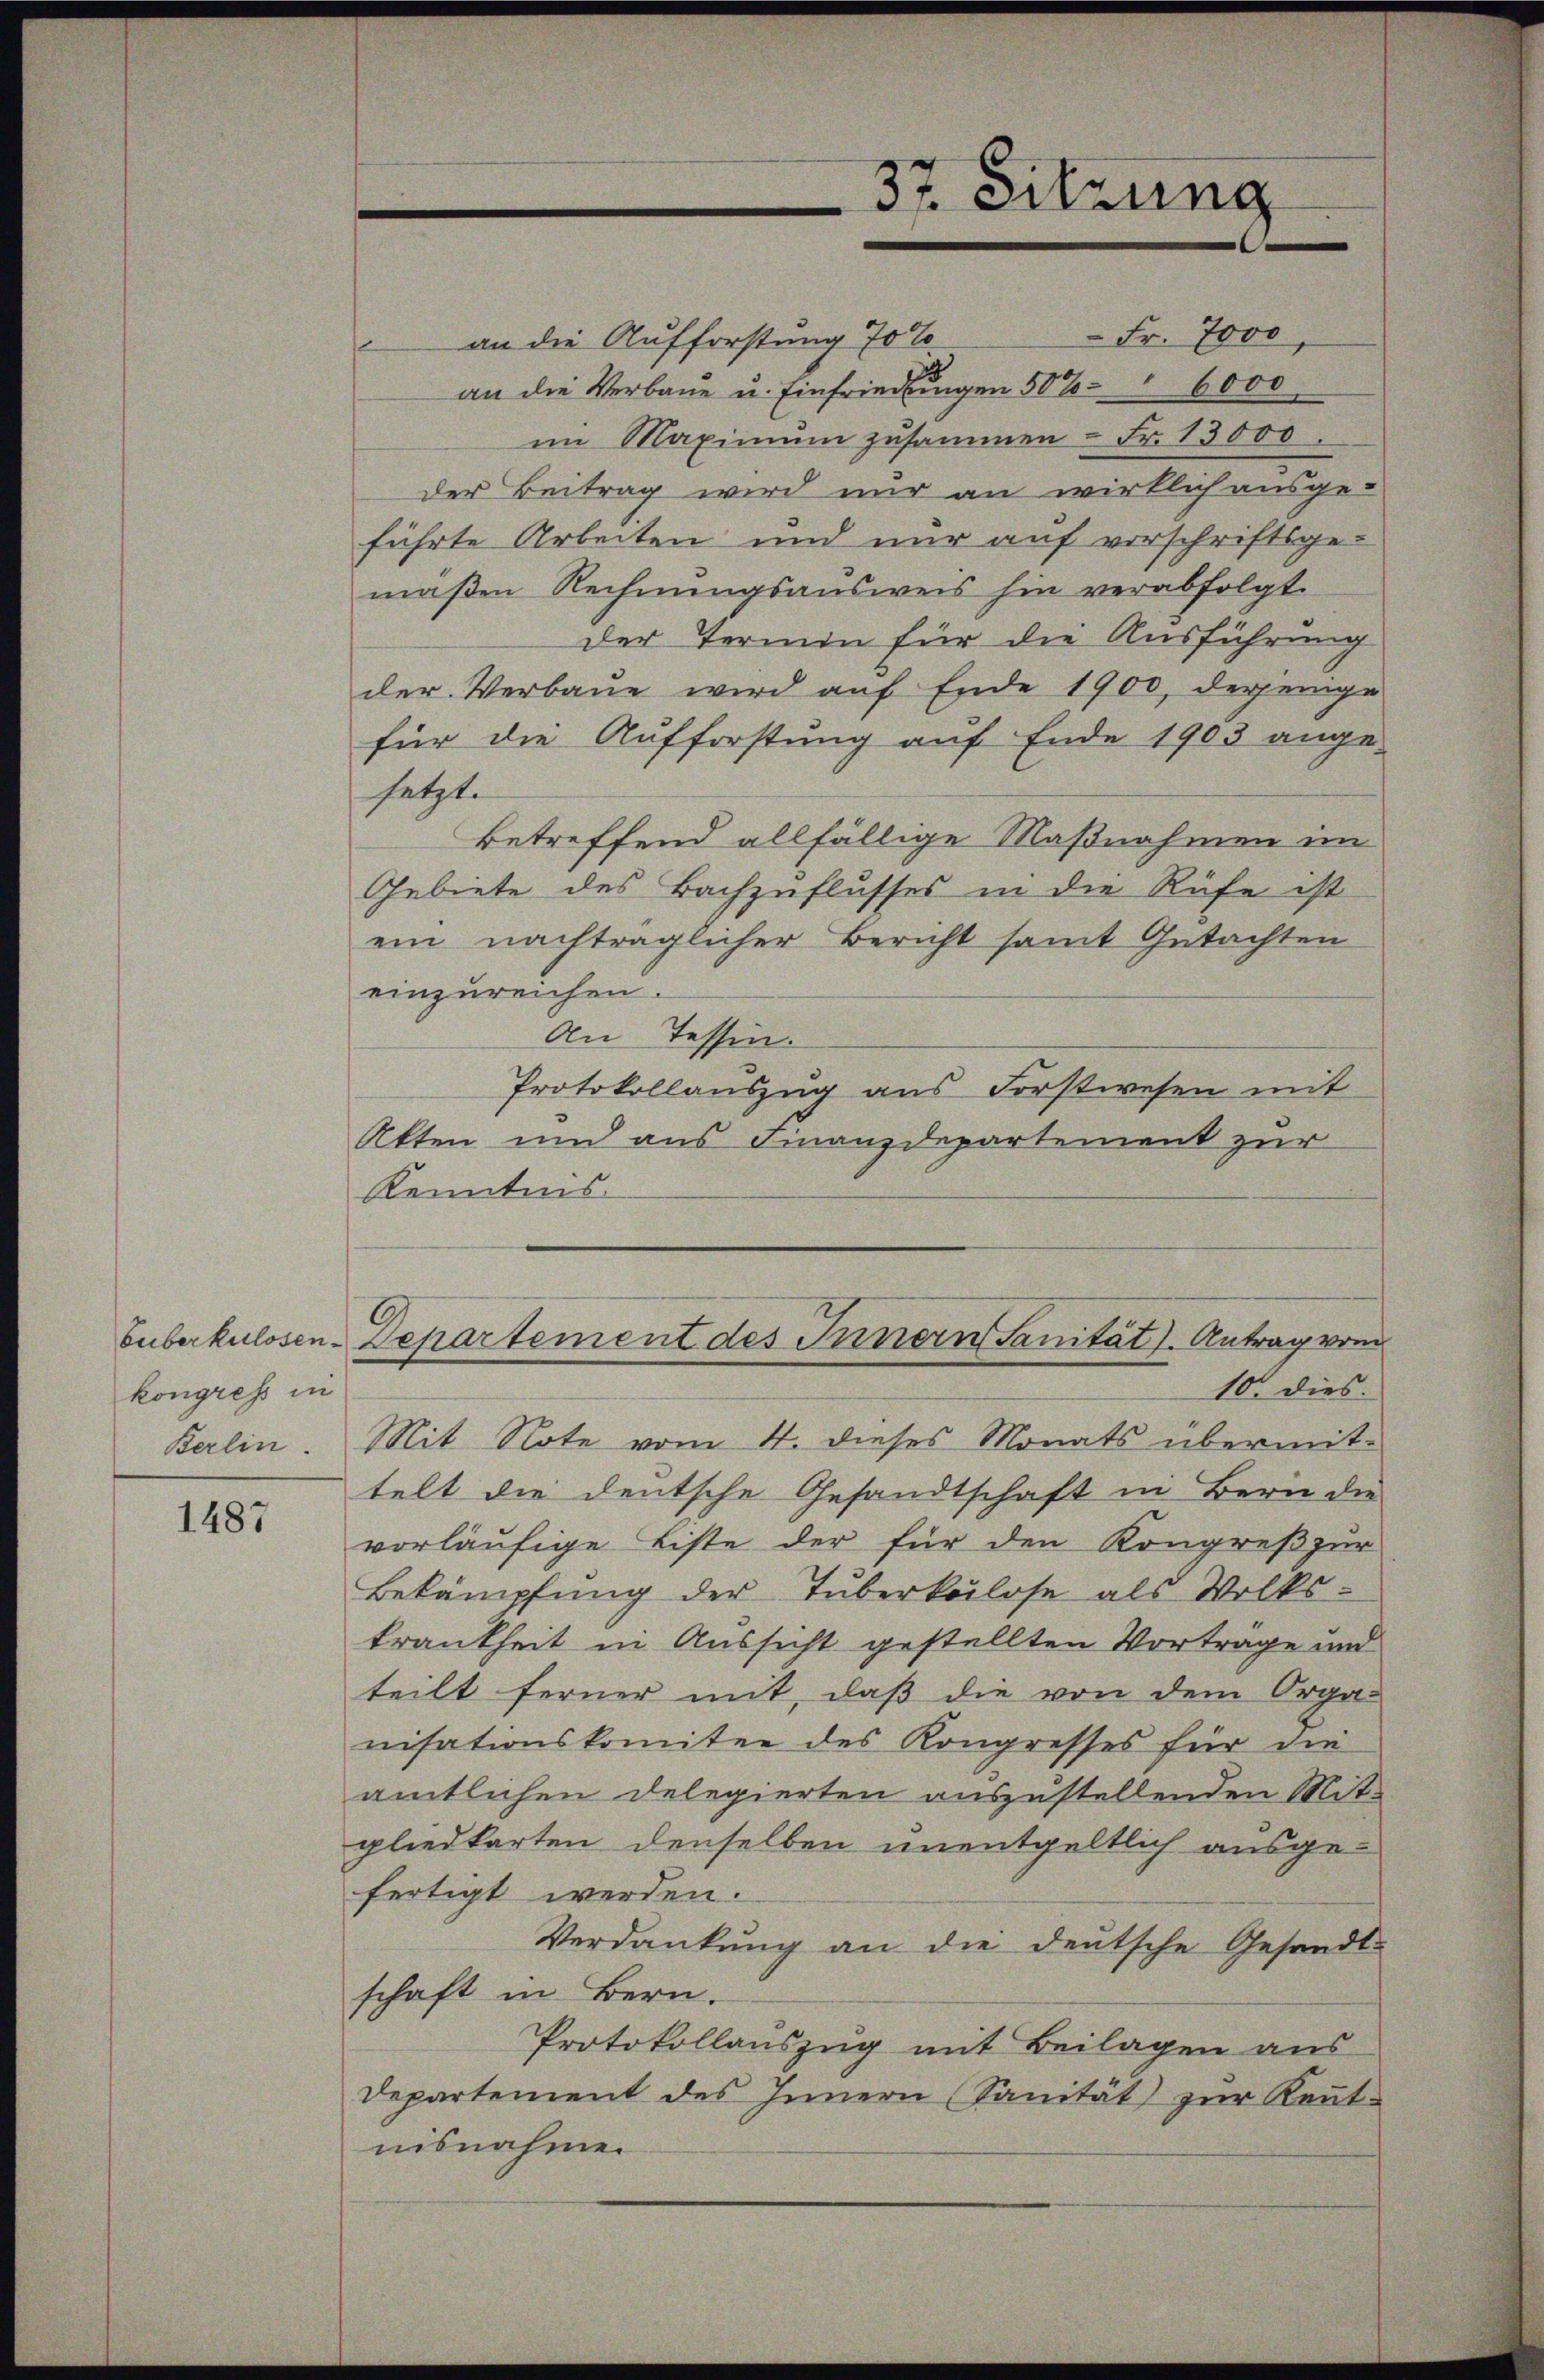
buberkulosen-
kongress in

1487

Fr. 7000
an die Aufforstung 70 %
an die Verbaue u. Einfriedlungen 50% 6000
im Maximŭm zusammen - Fr. 13000.
der Beitrag wird nur an wirklich ausge-
führte Arbeiten und nur auf vorschriftsge-
maßen Rechnungsausweis hin verabfolgt.
der Termin für die Ausführung
der Verbaue wird auf Ende 1900, derjenige
für die Aufforstung auf Ende 1903 ange-
setzt.
betreffend allfällige Maßnahmen im
Gebiete des Bachzuflusses in die Rüfe ist
ein nachträglicher Bericht samt Gutachten
einzureichen.
An Tessin.
Protokollauszug aus Forstwesen mit
Akten und aus Finanzdepartement zur
Kenntnis.
Departement des Innern Sanität. Antrag vom
10. dies
Berlin. Mit Note vom 4. dieses Monats übermit-
telt die deutsche Gesandtschaft in Bern die
vorläufige Liste der für den Kongreß zur
Bekämpfŭng der Tuberkulose als Volks-
krankheit in Aussicht gestellten Vorträge und
teilt ferner mit, daß die von dem Orga-
nisationskomitee des Kongresses für die
amtlichen Delegierten auszustellenden Mit-
gliedkarten denselben unentgeltlich ausge-
fertigt werden.
Verdankung an die deutsche Gesandt-
schaft in Bern.
Protokollauszug mit Beilagen aus
Departement des Innern (Sanität zur Kennt-
nisnahme.

37. Sitzung